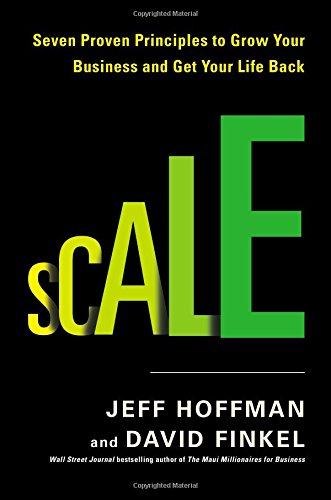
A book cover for Scale: Seven Proven Principles to Grow Your Business and Get Your Life Back; Jeff Hoffman; Business & Money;